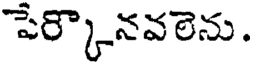
పేర్కొనవలెను.